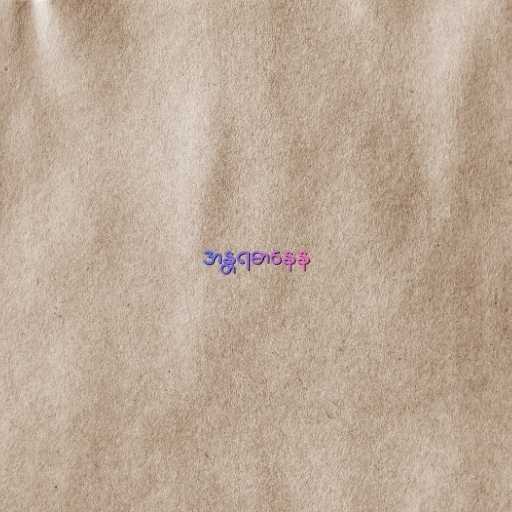
အန္တရဓာနေန